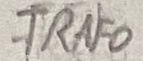
Text: TRAFO